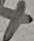
Text: +